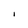
Character: I